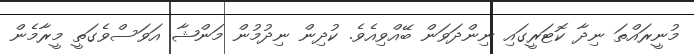
މުނީރައްތަ ނިދާ ކޮޓަރީގައި ނިންދަވަން ބޭއްވިއެވެ. ކުދިން ނިދުމުން މަންޝާ އަވަސްވެގަތީ މީރާމެން